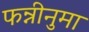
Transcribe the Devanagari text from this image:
फन्नीनुमा